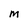
Character: M